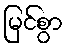
မြင်စွာ